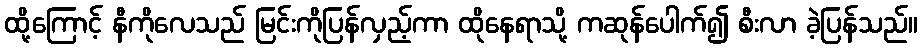
ထို့ကြောင့် နီကိုလေသည် မြင်းကိုပြန်လှည့်ကာ ထိုနေရာသို့ ကဆုန်ပေါက်၍ စီးလာ ခဲ့ပြန်သည်။